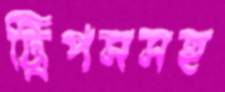
ট্রিপসসহ